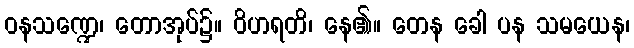
ဝနသဏ္ဍေ၊ တောအုပ်၌။ ဝိဟရတိ၊ နေ၏။ တေန ခေါ ပန သမယေန၊